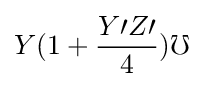
Y(1+{\frac {Y\prime Z\prime }{4}})\mho